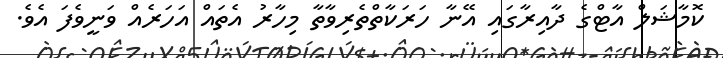
ކޮމާޝަލް އާޓްގެ ދާއިރާގައި އޭނާ ހަރަކާތްތެރިވާތާ މިހާރު އެތައް އަހަރެއް ވަނީވެފަ އެވެ.